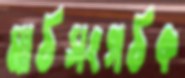
মাঠসংগঠক